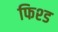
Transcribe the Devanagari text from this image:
फिश्ड